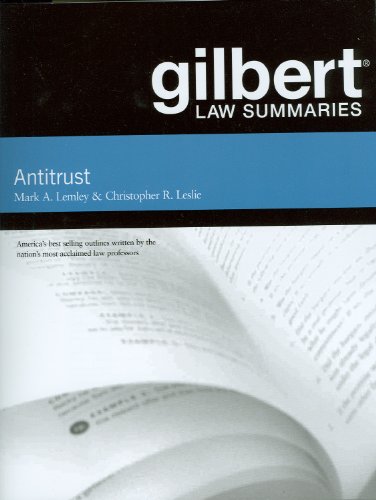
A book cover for Gilbert Law Summaries on Antitrust; Mark Lemley; Law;